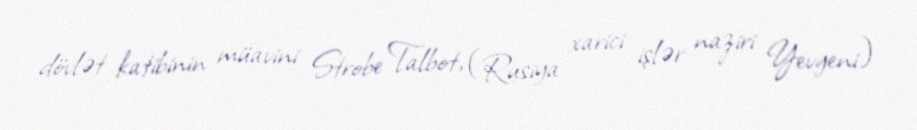
dövlət katibinin müavini Strobe Talbot, (Rusiya xarici işlər naziri Yevgeni)